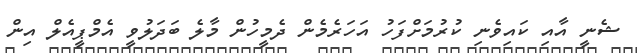
ޝެނީ އާއި ކައިވެނި ކުރުމަށްފަހު އަހަރެމެން ދެމީހުން މާލެ ބަދަލުވީ އެމްޕީއެލް އިން